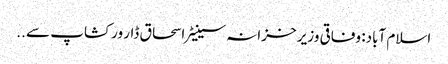
اسلام آباد: وفاقی وزیر خزانہ سینیٹر اسحاق ڈار ورکشاپ سے ..